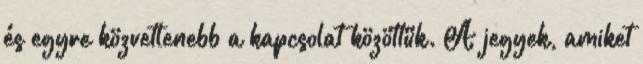
és egyre közvetlenebb a kapcsolat közöttük. A jegyek, amiket